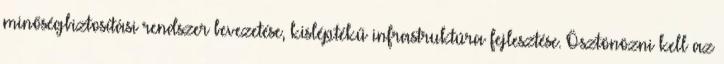
minőségbiztosítási rendszer bevezetése, kisléptékű infrastruktúra fejlesztése. Ösztönözni kell az